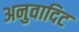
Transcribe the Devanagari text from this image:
अनुवादिट